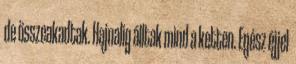
de összeakadtak. Hajnalig álltak mind a ketten. Egész éjjel